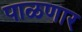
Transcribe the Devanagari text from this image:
पाळणार